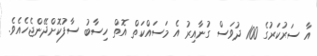
އާ ސަރުކަރުގެ 100 ދުވަސް ގުނާއިރު އެ މަސައްކަތް އޮތް ހިސާބު ސާފުކޮށްދޭންޖެހެއެވެ.